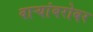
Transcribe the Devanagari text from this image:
वाऱ्यांबरोबर